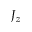
J _ { z }